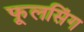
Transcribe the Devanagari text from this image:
फूलसिंग